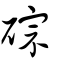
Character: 碂